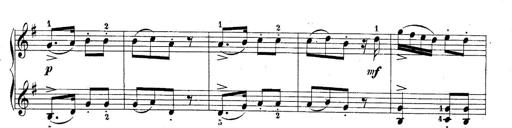
Title: 10 Sonatines progressives
Composer: Anton Schmoll